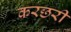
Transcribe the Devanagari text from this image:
करछरी